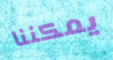
يمكننا